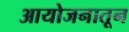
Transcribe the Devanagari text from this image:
आयोजनातून